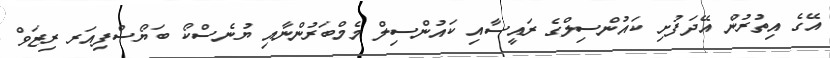
އޭގެ އިތުރުން އޭދަފުށި ކައުންސިލްގެ ރައީސާއި ކައުންސިލް މެމްބަރުންނާއި ޔުނެސްކޯ ބަޔޯސްފިއަރ ރިޒަވް